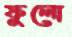
ফুলো